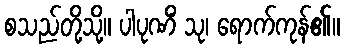
စသည်တို့သို့။ ပါပုဏိံ သု၊ ရောက်ကုန်၏။